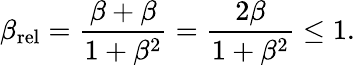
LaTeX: \beta_{\mathrm{rel}}={\frac{\beta+\beta}{1+\beta^{2}}}={\frac{2\beta}{1+\beta^{2}}}\leq 1.